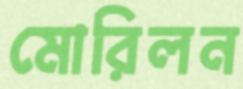
মোরিলন